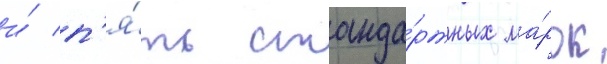
и́ п'я́ть станда́ртных ма́рок